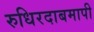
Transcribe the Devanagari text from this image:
रुधिरदाबमापी